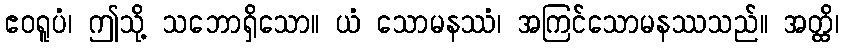
ဧဝရူပံ၊ ဤသို့ သဘောရှိသော။ ယံ သောမနဿံ၊ အကြင်သောမနဿသည်။ အတ္ထိ၊